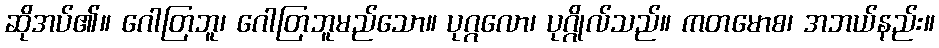
ဆိုအပ်၏။ ဂေါတြဘူ၊ ဂေါတြဘူမည်သော။ ပုဂ္ဂလော၊ ပုဂ္ဂိုလ်သည်။ ကတမောစ၊ အဘယ်နည်း။